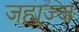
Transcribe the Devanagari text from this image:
जहाज्ज